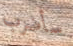
سأضرب